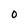
Character: 0